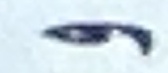
و